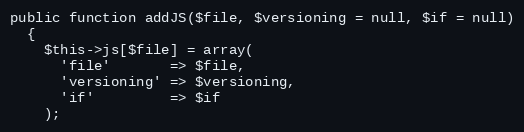
Language: PHP
public function addJS($file, $versioning = null, $if = null)
  {
    $this->js[$file] = array(
      'file'       => $file,
      'versioning' => $versioning,
      'if'         => $if
    );